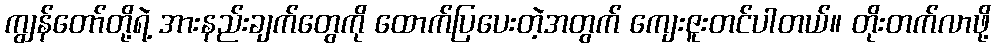
ကျွန်တော်တို့ရဲ့ အားနည်းချက်တွေကို ထောက်ပြပေးတဲ့အတွက် ကျေးဇူးတင်ပါတယ်။ တိုးတက်လာဖို့